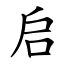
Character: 启